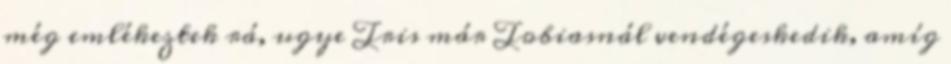
még emlékeztek rá, ugye Tris már Tobiasnál vendégeskedik, amíg